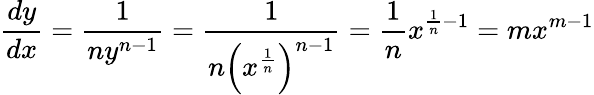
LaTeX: {\frac{dy}{dx}}={\frac{1}{ny^{n-1}}}={\frac{1}{n\left(x^{\frac{1}{n}}\right)^{n-1}}}={\frac{1}{n}}x^{{\frac{1}{n}}-1}=mx^{m-1}